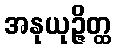
အနုယုဉ္ဇိတ္ထ